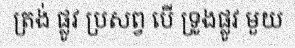
ត្រង់ ផ្លូវ ប្រសព្វ បើ ទ្រូងផ្លូវ មួយ